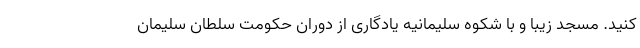
کنید. مسجد زیبا و با شکوه سلیمانیه یادگاری از دوران حکومت سلطان سلیمان